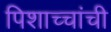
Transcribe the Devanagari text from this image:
पिशाच्चांची